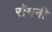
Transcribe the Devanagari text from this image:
रॉमनी